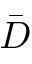
\bar { D }